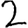
Digit: 2